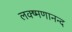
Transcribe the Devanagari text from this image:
लक्ष्मणानन्द